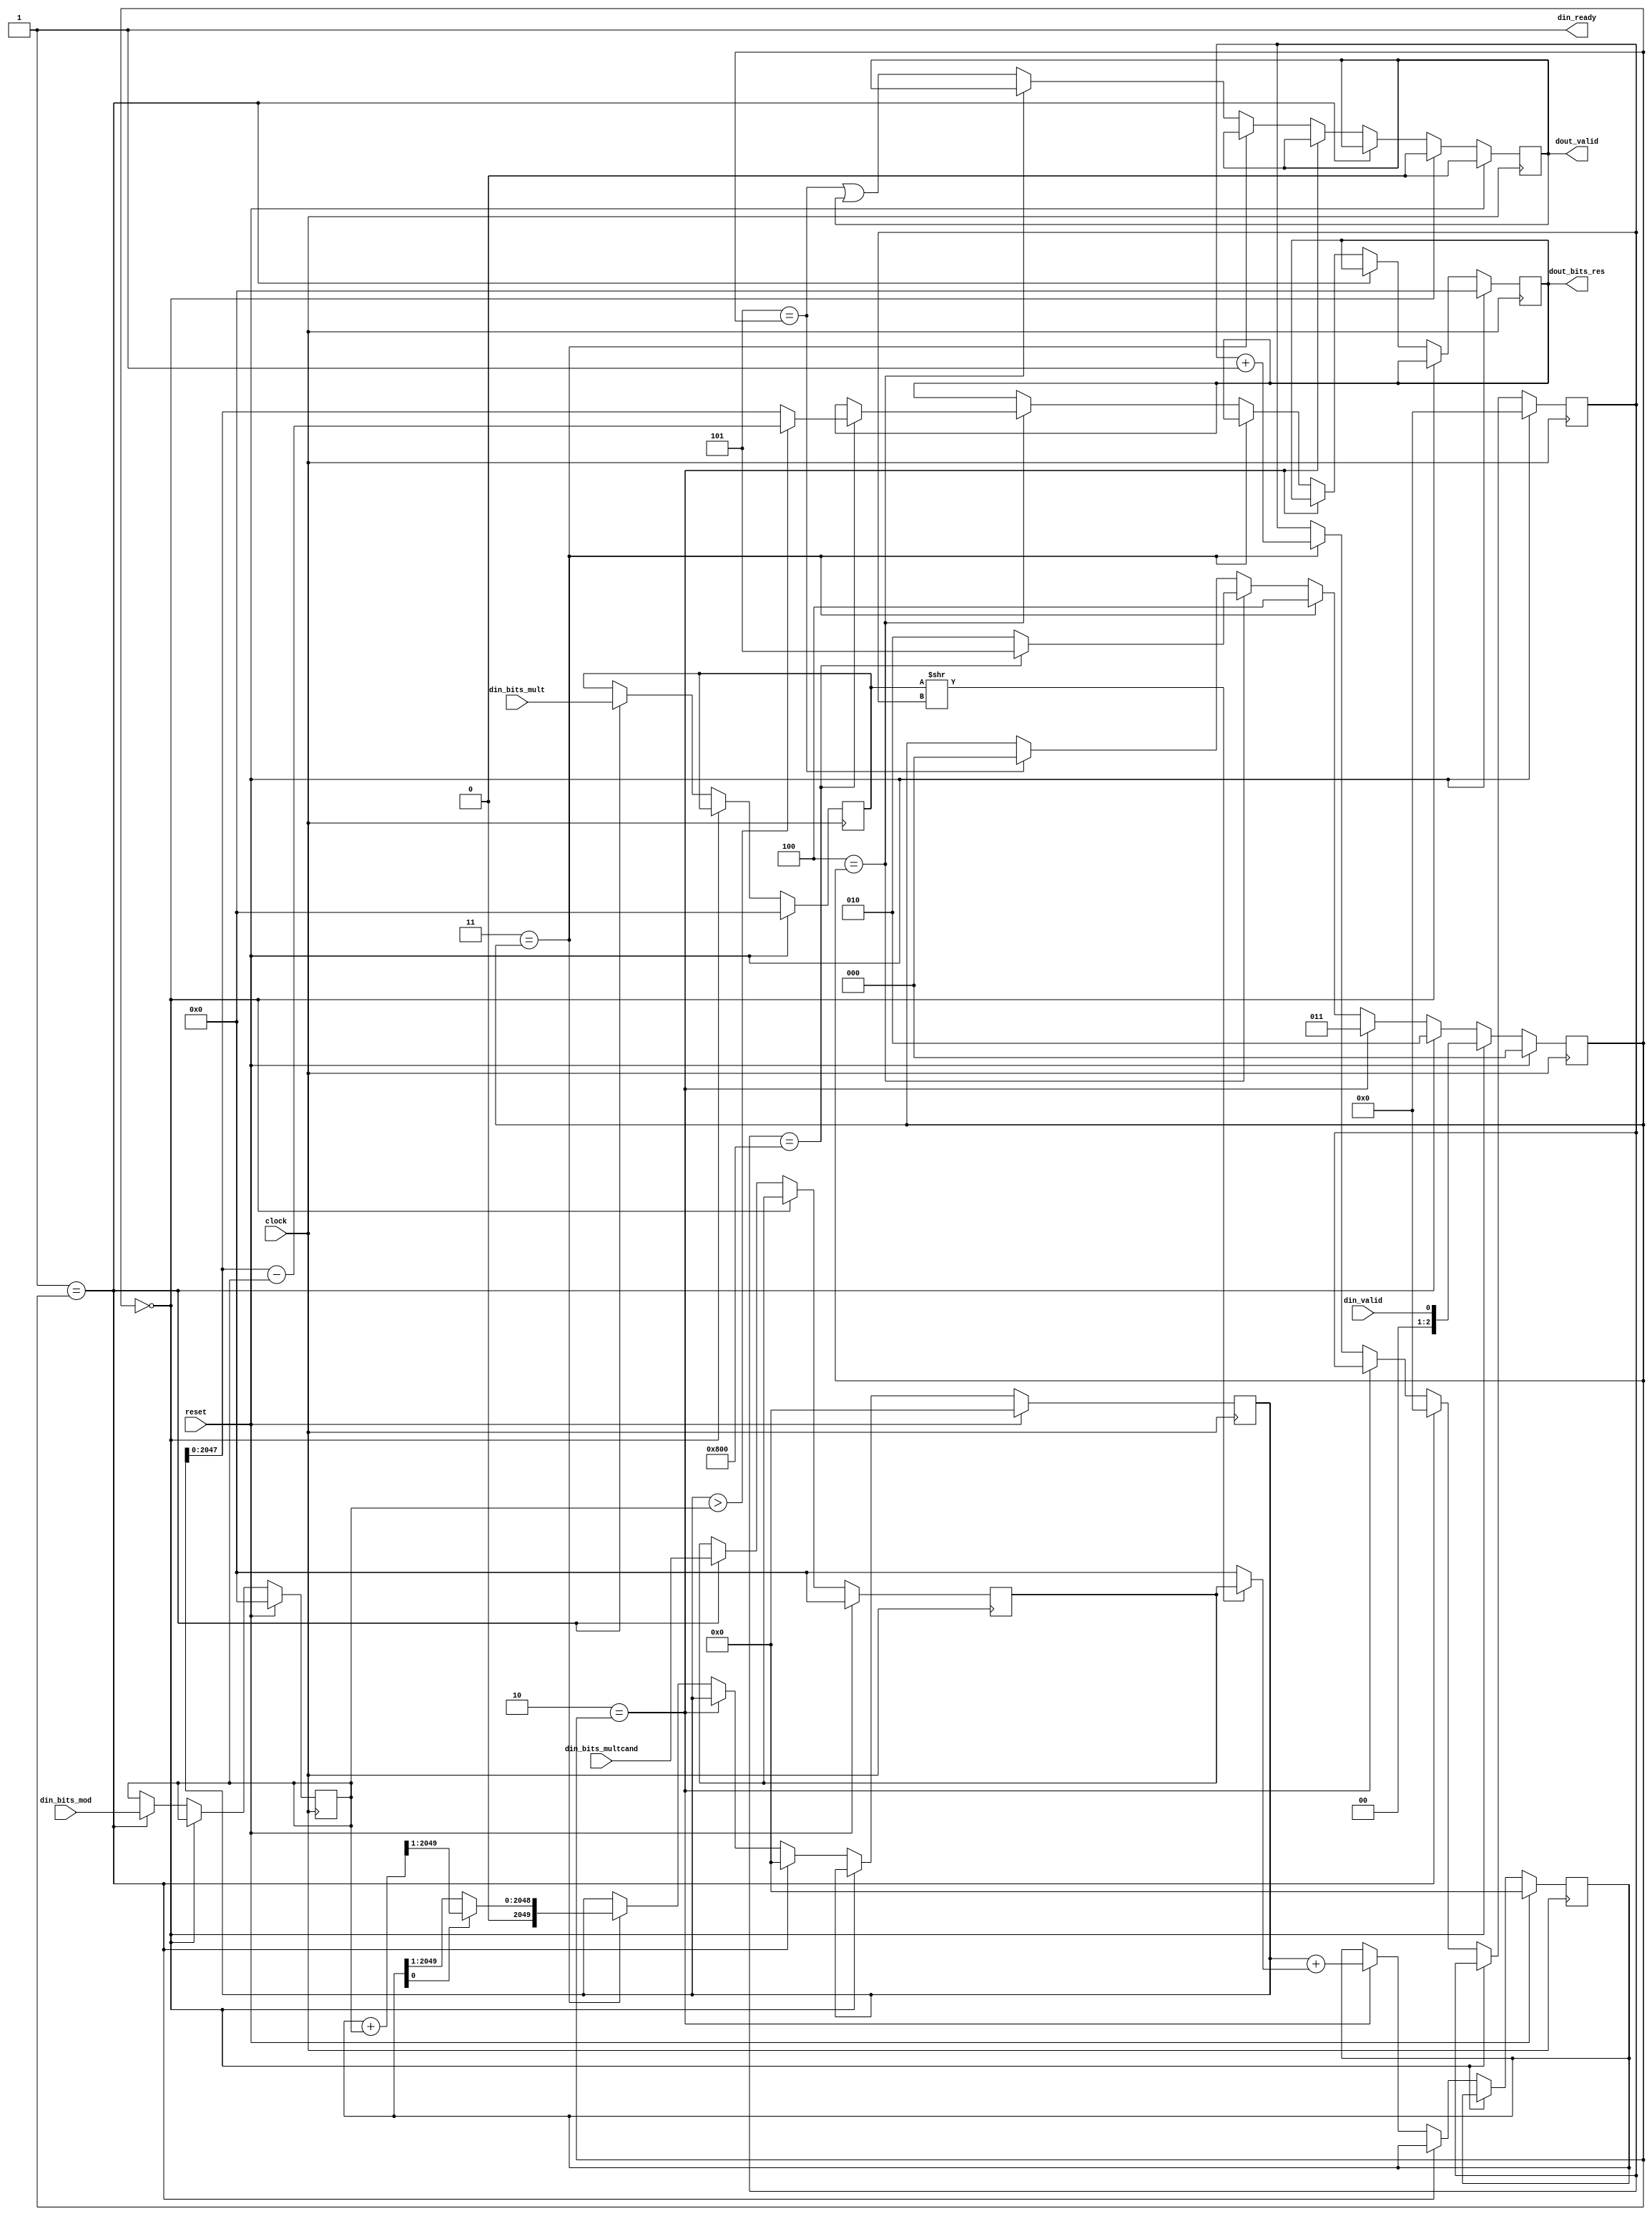
module ModMul(
  input           clock,
  input           reset,
  output          din_ready, // @[src/main/scala/operator/ModMul.scala 20:18]
  input           din_valid, // @[src/main/scala/operator/ModMul.scala 20:18]
  input  [2047:0] din_bits_mult, // @[src/main/scala/operator/ModMul.scala 20:18]
  input  [2047:0] din_bits_multcand, // @[src/main/scala/operator/ModMul.scala 20:18]
  input  [2047:0] din_bits_mod, // @[src/main/scala/operator/ModMul.scala 20:18]
  output          dout_valid, // @[src/main/scala/operator/ModMul.scala 21:18]
  output [2047:0] dout_bits_res // @[src/main/scala/operator/ModMul.scala 21:18]
);
`ifdef RANDOMIZE_REG_INIT
  reg [2079:0] _RAND_0;
  reg [2079:0] _RAND_1;
  reg [2047:0] _RAND_2;
  reg [2047:0] _RAND_3;
  reg [2047:0] _RAND_4;
  reg [2047:0] _RAND_5;
  reg [31:0] _RAND_6;
  reg [31:0] _RAND_7;
  reg [31:0] _RAND_8;
`endif // RANDOMIZE_REG_INIT
  reg [2049:0] p; // @[src/main/scala/operator/ModMul.scala 23:22]
  reg [2049:0] a; // @[src/main/scala/operator/ModMul.scala 24:22]
  reg [2047:0] x; // @[src/main/scala/operator/ModMul.scala 25:22]
  reg [2047:0] y; // @[src/main/scala/operator/ModMul.scala 26:22]
  reg [2047:0] m; // @[src/main/scala/operator/ModMul.scala 27:22]
  reg [2047:0] res; // @[src/main/scala/operator/ModMul.scala 28:22]
  reg  dout_valid_reg; // @[src/main/scala/operator/ModMul.scala 31:33]
  reg [11:0] count; // @[src/main/scala/operator/ModMul.scala 34:28]
  reg [2:0] status; // @[src/main/scala/operator/ModMul.scala 42:25]
  wire  _T_3 = din_ready & din_valid; // @[src/main/scala/operator/ModMul.scala 53:28]
  wire [2047:0] _a_T = x >> count; // @[src/main/scala/operator/ModMul.scala 72:32]
  wire [2047:0] _a_T_2 = _a_T[0] ? y : 2048'h0; // @[src/main/scala/operator/ModMul.scala 72:30]
  wire [2049:0] _GEN_37 = {{2'd0}, _a_T_2}; // @[src/main/scala/operator/ModMul.scala 72:25]
  wire [2049:0] _a_T_4 = p + _GEN_37; // @[src/main/scala/operator/ModMul.scala 72:25]
  wire [2049:0] _GEN_38 = {{2'd0}, m}; // @[src/main/scala/operator/ModMul.scala 77:36]
  wire [2049:0] _p_T_2 = a + _GEN_38; // @[src/main/scala/operator/ModMul.scala 77:36]
  wire [2049:0] _p_T_3 = {{1'd0}, _p_T_2[2049:1]}; // @[src/main/scala/operator/ModMul.scala 77:41]
  wire [2049:0] _p_T_4 = {{1'd0}, a[2049:1]}; // @[src/main/scala/operator/ModMul.scala 77:51]
  wire [2049:0] _p_T_5 = a[0] ? _p_T_3 : _p_T_4; // @[src/main/scala/operator/ModMul.scala 77:26]
  wire [11:0] _count_T_1 = count + 12'h1; // @[src/main/scala/operator/ModMul.scala 78:29]
  wire  _T_16 = count == 12'h800; // @[src/main/scala/operator/ModMul.scala 83:24]
  wire [2049:0] _res_T_2 = p - _GEN_38; // @[src/main/scala/operator/ModMul.scala 85:40]
  wire [2049:0] _res_T_3 = p > _GEN_38 ? _res_T_2 : p; // @[src/main/scala/operator/ModMul.scala 85:30]
  wire [2049:0] _GEN_1 = _T_16 ? _res_T_3 : {{2'd0}, res}; // @[src/main/scala/operator/ModMul.scala 84:13 28:22 85:24]
  wire [2:0] _GEN_2 = _T_16 ? 3'h5 : 3'h2; // @[src/main/scala/operator/ModMul.scala 84:13 86:24 89:24]
  wire  _GEN_3 = 3'h5 == status | dout_valid_reg; // @[src/main/scala/operator/ModMul.scala 49:5 94:28 31:33]
  wire [2:0] _GEN_4 = 3'h5 == status ? 3'h0 : status; // @[src/main/scala/operator/ModMul.scala 49:5 95:20 42:25]
  wire [2049:0] _GEN_5 = 3'h4 == status ? _GEN_1 : {{2'd0}, res}; // @[src/main/scala/operator/ModMul.scala 28:22 49:5]
  wire [2:0] _GEN_6 = 3'h4 == status ? _GEN_2 : _GEN_4; // @[src/main/scala/operator/ModMul.scala 49:5]
  wire  _GEN_7 = 3'h4 == status ? dout_valid_reg : _GEN_3; // @[src/main/scala/operator/ModMul.scala 31:33 49:5]
  wire [2049:0] _GEN_8 = 3'h3 == status ? _p_T_5 : p; // @[src/main/scala/operator/ModMul.scala 49:5 77:20 23:22]
  wire [11:0] _GEN_9 = 3'h3 == status ? _count_T_1 : count; // @[src/main/scala/operator/ModMul.scala 49:5 78:20 34:28]
  wire [2:0] _GEN_10 = 3'h3 == status ? 3'h4 : _GEN_6; // @[src/main/scala/operator/ModMul.scala 49:5 79:20]
  wire [2049:0] _GEN_11 = 3'h3 == status ? {{2'd0}, res} : _GEN_5; // @[src/main/scala/operator/ModMul.scala 28:22 49:5]
  wire  _GEN_12 = 3'h3 == status ? dout_valid_reg : _GEN_7; // @[src/main/scala/operator/ModMul.scala 31:33 49:5]
  wire [2049:0] _GEN_17 = 3'h2 == status ? {{2'd0}, res} : _GEN_11; // @[src/main/scala/operator/ModMul.scala 28:22 49:5]
  wire [2049:0] _GEN_26 = 3'h1 == status ? {{2'd0}, res} : _GEN_17; // @[src/main/scala/operator/ModMul.scala 28:22 49:5]
  wire [2049:0] _GEN_36 = 3'h0 == status ? {{2'd0}, res} : _GEN_26; // @[src/main/scala/operator/ModMul.scala 28:22 49:5]
  wire [2049:0] _GEN_43 = reset ? 2050'h0 : _GEN_36; // @[src/main/scala/operator/ModMul.scala 28:{22,22}]
  assign din_ready = 1'h1; // @[src/main/scala/operator/ModMul.scala 44:19]
  assign dout_valid = dout_valid_reg; // @[src/main/scala/operator/ModMul.scala 45:19]
  assign dout_bits_res = res; // @[src/main/scala/operator/ModMul.scala 46:19]
  always @(posedge clock) begin
    if (reset) begin // @[src/main/scala/operator/ModMul.scala 23:22]
      p <= 2050'h0; // @[src/main/scala/operator/ModMul.scala 23:22]
    end else if (!(3'h0 == status)) begin // @[src/main/scala/operator/ModMul.scala 49:5]
      if (3'h1 == status) begin // @[src/main/scala/operator/ModMul.scala 49:5]
        p <= 2050'h0; // @[src/main/scala/operator/ModMul.scala 66:24]
      end else if (!(3'h2 == status)) begin // @[src/main/scala/operator/ModMul.scala 49:5]
        p <= _GEN_8;
      end
    end
    if (reset) begin // @[src/main/scala/operator/ModMul.scala 24:22]
      a <= 2050'h0; // @[src/main/scala/operator/ModMul.scala 24:22]
    end else if (!(3'h0 == status)) begin // @[src/main/scala/operator/ModMul.scala 49:5]
      if (!(3'h1 == status)) begin // @[src/main/scala/operator/ModMul.scala 49:5]
        if (3'h2 == status) begin // @[src/main/scala/operator/ModMul.scala 49:5]
          a <= _a_T_4; // @[src/main/scala/operator/ModMul.scala 72:20]
        end
      end
    end
    if (reset) begin // @[src/main/scala/operator/ModMul.scala 25:22]
      x <= 2048'h0; // @[src/main/scala/operator/ModMul.scala 25:22]
    end else if (!(3'h0 == status)) begin // @[src/main/scala/operator/ModMul.scala 49:5]
      if (3'h1 == status) begin // @[src/main/scala/operator/ModMul.scala 49:5]
        x <= din_bits_mult; // @[src/main/scala/operator/ModMul.scala 63:24]
      end
    end
    if (reset) begin // @[src/main/scala/operator/ModMul.scala 26:22]
      y <= 2048'h0; // @[src/main/scala/operator/ModMul.scala 26:22]
    end else if (!(3'h0 == status)) begin // @[src/main/scala/operator/ModMul.scala 49:5]
      if (3'h1 == status) begin // @[src/main/scala/operator/ModMul.scala 49:5]
        y <= din_bits_multcand; // @[src/main/scala/operator/ModMul.scala 64:24]
      end
    end
    if (reset) begin // @[src/main/scala/operator/ModMul.scala 27:22]
      m <= 2048'h0; // @[src/main/scala/operator/ModMul.scala 27:22]
    end else if (!(3'h0 == status)) begin // @[src/main/scala/operator/ModMul.scala 49:5]
      if (3'h1 == status) begin // @[src/main/scala/operator/ModMul.scala 49:5]
        m <= din_bits_mod; // @[src/main/scala/operator/ModMul.scala 65:24]
      end
    end
    res <= _GEN_43[2047:0]; // @[src/main/scala/operator/ModMul.scala 28:{22,22}]
    if (reset) begin // @[src/main/scala/operator/ModMul.scala 31:33]
      dout_valid_reg <= 1'h0; // @[src/main/scala/operator/ModMul.scala 31:33]
    end else if (3'h0 == status) begin // @[src/main/scala/operator/ModMul.scala 49:5]
      dout_valid_reg <= 1'h0; // @[src/main/scala/operator/ModMul.scala 52:28]
    end else if (!(3'h1 == status)) begin // @[src/main/scala/operator/ModMul.scala 49:5]
      if (!(3'h2 == status)) begin // @[src/main/scala/operator/ModMul.scala 49:5]
        dout_valid_reg <= _GEN_12;
      end
    end
    if (reset) begin // @[src/main/scala/operator/ModMul.scala 34:28]
      count <= 12'h0; // @[src/main/scala/operator/ModMul.scala 34:28]
    end else if (!(3'h0 == status)) begin // @[src/main/scala/operator/ModMul.scala 49:5]
      if (3'h1 == status) begin // @[src/main/scala/operator/ModMul.scala 49:5]
        count <= 12'h0; // @[src/main/scala/operator/ModMul.scala 67:24]
      end else if (!(3'h2 == status)) begin // @[src/main/scala/operator/ModMul.scala 49:5]
        count <= _GEN_9;
      end
    end
    if (reset) begin // @[src/main/scala/operator/ModMul.scala 42:25]
      status <= 3'h0; // @[src/main/scala/operator/ModMul.scala 42:25]
    end else if (3'h0 == status) begin // @[src/main/scala/operator/ModMul.scala 49:5]
      status <= {{2'd0}, _T_3};
    end else if (3'h1 == status) begin // @[src/main/scala/operator/ModMul.scala 49:5]
      status <= 3'h2; // @[src/main/scala/operator/ModMul.scala 68:24]
    end else if (3'h2 == status) begin // @[src/main/scala/operator/ModMul.scala 49:5]
      status <= 3'h3; // @[src/main/scala/operator/ModMul.scala 73:20]
    end else begin
      status <= _GEN_10;
    end
  end
// Register and memory initialization
`ifdef RANDOMIZE_GARBAGE_ASSIGN
`define RANDOMIZE
`endif
`ifdef RANDOMIZE_INVALID_ASSIGN
`define RANDOMIZE
`endif
`ifdef RANDOMIZE_REG_INIT
`define RANDOMIZE
`endif
`ifdef RANDOMIZE_MEM_INIT
`define RANDOMIZE
`endif
`ifndef RANDOM
`define RANDOM $random
`endif
`ifdef RANDOMIZE_MEM_INIT
  integer initvar;
`endif
`ifndef SYNTHESIS
`ifdef FIRRTL_BEFORE_INITIAL
`FIRRTL_BEFORE_INITIAL
`endif
initial begin
  `ifdef RANDOMIZE
    `ifdef INIT_RANDOM
      `INIT_RANDOM
    `endif
    `ifndef VERILATOR
      `ifdef RANDOMIZE_DELAY
        #`RANDOMIZE_DELAY begin end
      `else
        #0.002 begin end
      `endif
    `endif
`ifdef RANDOMIZE_REG_INIT
  _RAND_0 = {65{`RANDOM}};
  p = _RAND_0[2049:0];
  _RAND_1 = {65{`RANDOM}};
  a = _RAND_1[2049:0];
  _RAND_2 = {64{`RANDOM}};
  x = _RAND_2[2047:0];
  _RAND_3 = {64{`RANDOM}};
  y = _RAND_3[2047:0];
  _RAND_4 = {64{`RANDOM}};
  m = _RAND_4[2047:0];
  _RAND_5 = {64{`RANDOM}};
  res = _RAND_5[2047:0];
  _RAND_6 = {1{`RANDOM}};
  dout_valid_reg = _RAND_6[0:0];
  _RAND_7 = {1{`RANDOM}};
  count = _RAND_7[11:0];
  _RAND_8 = {1{`RANDOM}};
  status = _RAND_8[2:0];
`endif // RANDOMIZE_REG_INIT
  `endif // RANDOMIZE
end // initial
`ifdef FIRRTL_AFTER_INITIAL
`FIRRTL_AFTER_INITIAL
`endif
`endif // SYNTHESIS
endmodule
module Powmod(
  input           clock,
  input           reset,
  output          din_ready, // @[src/main/scala/operator/Powmod.scala 20:18]
  input           din_valid, // @[src/main/scala/operator/Powmod.scala 20:18]
  input  [1023:0] din_bits_base, // @[src/main/scala/operator/Powmod.scala 20:18]
  input  [255:0]  din_bits_exp, // @[src/main/scala/operator/Powmod.scala 20:18]
  input  [2047:0] din_bits_mod, // @[src/main/scala/operator/Powmod.scala 20:18]
  input  [2047:0] din_bits_expkm, // @[src/main/scala/operator/Powmod.scala 20:18]
  input  [2047:0] din_bits_exp2km, // @[src/main/scala/operator/Powmod.scala 20:18]
  output          dout_valid, // @[src/main/scala/operator/Powmod.scala 21:18]
  output [2047:0] dout_bits_res // @[src/main/scala/operator/Powmod.scala 21:18]
);
`ifdef RANDOMIZE_REG_INIT
  reg [255:0] _RAND_0;
  reg [2047:0] _RAND_1;
  reg [2047:0] _RAND_2;
  reg [2047:0] _RAND_3;
  reg [2047:0] _RAND_4;
  reg [2047:0] _RAND_5;
  reg [2047:0] _RAND_6;
  reg [31:0] _RAND_7;
  reg [31:0] _RAND_8;
  reg [31:0] _RAND_9;
  reg [31:0] _RAND_10;
`endif // RANDOMIZE_REG_INIT
  wire  mp_clock; // @[src/main/scala/operator/Powmod.scala 53:20]
  wire  mp_reset; // @[src/main/scala/operator/Powmod.scala 53:20]
  wire  mp_din_ready; // @[src/main/scala/operator/Powmod.scala 53:20]
  wire  mp_din_valid; // @[src/main/scala/operator/Powmod.scala 53:20]
  wire [2047:0] mp_din_bits_mult; // @[src/main/scala/operator/Powmod.scala 53:20]
  wire [2047:0] mp_din_bits_multcand; // @[src/main/scala/operator/Powmod.scala 53:20]
  wire [2047:0] mp_din_bits_mod; // @[src/main/scala/operator/Powmod.scala 53:20]
  wire  mp_dout_valid; // @[src/main/scala/operator/Powmod.scala 53:20]
  wire [2047:0] mp_dout_bits_res; // @[src/main/scala/operator/Powmod.scala 53:20]
  reg [255:0] x; // @[src/main/scala/operator/Powmod.scala 23:31]
  reg [2047:0] e; // @[src/main/scala/operator/Powmod.scala 24:31]
  reg [2047:0] ty; // @[src/main/scala/operator/Powmod.scala 25:31]
  reg [2047:0] res; // @[src/main/scala/operator/Powmod.scala 26:31]
  reg [2047:0] mp_mult; // @[src/main/scala/operator/Powmod.scala 28:36]
  reg [2047:0] mp_multcand; // @[src/main/scala/operator/Powmod.scala 29:36]
  reg [2047:0] mp_mod; // @[src/main/scala/operator/Powmod.scala 30:36]
  reg  mp_din_valid_reg; // @[src/main/scala/operator/Powmod.scala 31:36]
  reg  dout_valid_reg; // @[src/main/scala/operator/Powmod.scala 36:36]
  reg [11:0] count; // @[src/main/scala/operator/Powmod.scala 39:24]
  reg [3:0] status; // @[src/main/scala/operator/Powmod.scala 47:26]
  wire  _T_3 = din_ready & din_valid; // @[src/main/scala/operator/Powmod.scala 64:28]
  wire  _T_10 = mp_dout_valid; // @[src/main/scala/operator/Powmod.scala 85:32]
  wire [2047:0] _GEN_1 = _T_10 ? mp_dout_bits_res : ty; // @[src/main/scala/operator/Powmod.scala 86:13 87:24 25:31]
  wire [1:0] _GEN_2 = _T_10 ? 2'h3 : 2'h2; // @[src/main/scala/operator/Powmod.scala 86:13 88:24 92:34]
  wire  _GEN_3 = _T_10 & mp_din_valid_reg; // @[src/main/scala/operator/Powmod.scala 86:13 31:36 91:34]
  wire  _T_14 = count == 12'h800; // @[src/main/scala/operator/Powmod.scala 97:24]
  wire [255:0] _T_15 = x >> count; // @[src/main/scala/operator/Powmod.scala 102:23]
  wire [2:0] _GEN_4 = _T_15[0] ? 3'h4 : 3'h6; // @[src/main/scala/operator/Powmod.scala 103:17 104:28 107:28]
  wire [3:0] _GEN_5 = _T_14 ? 4'h8 : {{1'd0}, _GEN_4}; // @[src/main/scala/operator/Powmod.scala 98:13 99:24]
  wire [2047:0] _GEN_6 = _T_10 ? mp_dout_bits_res : e; // @[src/main/scala/operator/Powmod.scala 121:13 122:24 24:31]
  wire [2:0] _GEN_7 = _T_10 ? 3'h6 : 3'h5; // @[src/main/scala/operator/Powmod.scala 121:13 123:24 127:34]
  wire [11:0] _count_T_1 = count + 12'h1; // @[src/main/scala/operator/Powmod.scala 142:33]
  wire [11:0] _GEN_10 = _T_10 ? _count_T_1 : count; // @[src/main/scala/operator/Powmod.scala 140:13 142:24 39:24]
  wire [2:0] _GEN_11 = _T_10 ? 3'h3 : 3'h7; // @[src/main/scala/operator/Powmod.scala 140:13 143:24 147:34]
  wire [2047:0] _GEN_13 = _T_10 ? mp_dout_bits_res : res; // @[src/main/scala/operator/Powmod.scala 160:13 161:32 26:31]
  wire  _GEN_14 = _T_10 | dout_valid_reg; // @[src/main/scala/operator/Powmod.scala 160:13 162:32 36:36]
  wire [3:0] _GEN_15 = _T_10 ? 4'h0 : 4'h9; // @[src/main/scala/operator/Powmod.scala 160:13 163:32 167:34]
  wire [2047:0] _GEN_17 = 4'h9 == status ? _GEN_13 : res; // @[src/main/scala/operator/Powmod.scala 26:31 60:5]
  wire  _GEN_18 = 4'h9 == status ? _GEN_14 : dout_valid_reg; // @[src/main/scala/operator/Powmod.scala 36:36 60:5]
  wire [3:0] _GEN_19 = 4'h9 == status ? _GEN_15 : status; // @[src/main/scala/operator/Powmod.scala 47:26 60:5]
  wire  _GEN_20 = 4'h9 == status ? _GEN_3 : mp_din_valid_reg; // @[src/main/scala/operator/Powmod.scala 31:36 60:5]
  wire [2047:0] _GEN_21 = 4'h8 == status ? e : mp_mult; // @[src/main/scala/operator/Powmod.scala 152:30 28:36 60:5]
  wire [2047:0] _GEN_22 = 4'h8 == status ? 2048'h1 : mp_multcand; // @[src/main/scala/operator/Powmod.scala 153:30 29:36 60:5]
  wire  _GEN_23 = 4'h8 == status | _GEN_20; // @[src/main/scala/operator/Powmod.scala 154:30 60:5]
  wire [3:0] _GEN_24 = 4'h8 == status ? 4'h9 : _GEN_19; // @[src/main/scala/operator/Powmod.scala 155:30 60:5]
  wire [2047:0] _GEN_25 = 4'h8 == status ? res : _GEN_17; // @[src/main/scala/operator/Powmod.scala 26:31 60:5]
  wire  _GEN_26 = 4'h8 == status ? dout_valid_reg : _GEN_18; // @[src/main/scala/operator/Powmod.scala 36:36 60:5]
  wire [2047:0] _GEN_27 = 4'h7 == status ? _GEN_1 : ty; // @[src/main/scala/operator/Powmod.scala 25:31 60:5]
  wire [11:0] _GEN_28 = 4'h7 == status ? _GEN_10 : count; // @[src/main/scala/operator/Powmod.scala 39:24 60:5]
  wire [3:0] _GEN_29 = 4'h7 == status ? {{1'd0}, _GEN_11} : _GEN_24; // @[src/main/scala/operator/Powmod.scala 60:5]
  wire  _GEN_30 = 4'h7 == status ? _GEN_3 : _GEN_23; // @[src/main/scala/operator/Powmod.scala 60:5]
  wire [2047:0] _GEN_31 = 4'h7 == status ? mp_mult : _GEN_21; // @[src/main/scala/operator/Powmod.scala 28:36 60:5]
  wire [2047:0] _GEN_32 = 4'h7 == status ? mp_multcand : _GEN_22; // @[src/main/scala/operator/Powmod.scala 29:36 60:5]
  wire [2047:0] _GEN_33 = 4'h7 == status ? res : _GEN_25; // @[src/main/scala/operator/Powmod.scala 26:31 60:5]
  wire  _GEN_34 = 4'h7 == status ? dout_valid_reg : _GEN_26; // @[src/main/scala/operator/Powmod.scala 36:36 60:5]
  wire [2047:0] _GEN_35 = 4'h6 == status ? ty : _GEN_31; // @[src/main/scala/operator/Powmod.scala 132:34 60:5]
  wire [2047:0] _GEN_36 = 4'h6 == status ? ty : _GEN_32; // @[src/main/scala/operator/Powmod.scala 133:34 60:5]
  wire  _GEN_37 = 4'h6 == status | _GEN_30; // @[src/main/scala/operator/Powmod.scala 134:34 60:5]
  wire [3:0] _GEN_38 = 4'h6 == status ? 4'h7 : _GEN_29; // @[src/main/scala/operator/Powmod.scala 135:34 60:5]
  wire [2047:0] _GEN_39 = 4'h6 == status ? ty : _GEN_27; // @[src/main/scala/operator/Powmod.scala 25:31 60:5]
  wire [11:0] _GEN_40 = 4'h6 == status ? count : _GEN_28; // @[src/main/scala/operator/Powmod.scala 39:24 60:5]
  wire [2047:0] _GEN_41 = 4'h6 == status ? res : _GEN_33; // @[src/main/scala/operator/Powmod.scala 26:31 60:5]
  wire  _GEN_42 = 4'h6 == status ? dout_valid_reg : _GEN_34; // @[src/main/scala/operator/Powmod.scala 36:36 60:5]
  wire [2047:0] _GEN_43 = 4'h5 == status ? _GEN_6 : e; // @[src/main/scala/operator/Powmod.scala 24:31 60:5]
  wire [3:0] _GEN_44 = 4'h5 == status ? {{1'd0}, _GEN_7} : _GEN_38; // @[src/main/scala/operator/Powmod.scala 60:5]
  wire  _GEN_45 = 4'h5 == status ? _GEN_3 : _GEN_37; // @[src/main/scala/operator/Powmod.scala 60:5]
  wire [2047:0] _GEN_46 = 4'h5 == status ? mp_mult : _GEN_35; // @[src/main/scala/operator/Powmod.scala 28:36 60:5]
  wire [2047:0] _GEN_47 = 4'h5 == status ? mp_multcand : _GEN_36; // @[src/main/scala/operator/Powmod.scala 29:36 60:5]
  wire [2047:0] _GEN_48 = 4'h5 == status ? ty : _GEN_39; // @[src/main/scala/operator/Powmod.scala 25:31 60:5]
  wire [11:0] _GEN_49 = 4'h5 == status ? count : _GEN_40; // @[src/main/scala/operator/Powmod.scala 39:24 60:5]
  wire [2047:0] _GEN_50 = 4'h5 == status ? res : _GEN_41; // @[src/main/scala/operator/Powmod.scala 26:31 60:5]
  wire  _GEN_51 = 4'h5 == status ? dout_valid_reg : _GEN_42; // @[src/main/scala/operator/Powmod.scala 36:36 60:5]
  wire  _GEN_52 = 4'h4 == status | _GEN_45; // @[src/main/scala/operator/Powmod.scala 113:30 60:5]
  wire [2047:0] _GEN_53 = 4'h4 == status ? e : _GEN_46; // @[src/main/scala/operator/Powmod.scala 114:30 60:5]
  wire [2047:0] _GEN_54 = 4'h4 == status ? ty : _GEN_47; // @[src/main/scala/operator/Powmod.scala 115:30 60:5]
  wire [3:0] _GEN_55 = 4'h4 == status ? 4'h5 : _GEN_44; // @[src/main/scala/operator/Powmod.scala 116:30 60:5]
  wire [2047:0] _GEN_56 = 4'h4 == status ? e : _GEN_43; // @[src/main/scala/operator/Powmod.scala 24:31 60:5]
  wire [2047:0] _GEN_57 = 4'h4 == status ? ty : _GEN_48; // @[src/main/scala/operator/Powmod.scala 25:31 60:5]
  wire [11:0] _GEN_58 = 4'h4 == status ? count : _GEN_49; // @[src/main/scala/operator/Powmod.scala 39:24 60:5]
  wire [2047:0] _GEN_59 = 4'h4 == status ? res : _GEN_50; // @[src/main/scala/operator/Powmod.scala 26:31 60:5]
  wire  _GEN_60 = 4'h4 == status ? dout_valid_reg : _GEN_51; // @[src/main/scala/operator/Powmod.scala 36:36 60:5]
  wire [3:0] _GEN_61 = 4'h3 == status ? _GEN_5 : _GEN_55; // @[src/main/scala/operator/Powmod.scala 60:5]
  wire  _GEN_62 = 4'h3 == status ? mp_din_valid_reg : _GEN_52; // @[src/main/scala/operator/Powmod.scala 31:36 60:5]
  wire [2047:0] _GEN_63 = 4'h3 == status ? mp_mult : _GEN_53; // @[src/main/scala/operator/Powmod.scala 28:36 60:5]
  wire [2047:0] _GEN_64 = 4'h3 == status ? mp_multcand : _GEN_54; // @[src/main/scala/operator/Powmod.scala 29:36 60:5]
  wire [2047:0] _GEN_65 = 4'h3 == status ? e : _GEN_56; // @[src/main/scala/operator/Powmod.scala 24:31 60:5]
  wire [2047:0] _GEN_66 = 4'h3 == status ? ty : _GEN_57; // @[src/main/scala/operator/Powmod.scala 25:31 60:5]
  wire [11:0] _GEN_67 = 4'h3 == status ? count : _GEN_58; // @[src/main/scala/operator/Powmod.scala 39:24 60:5]
  wire [2047:0] _GEN_68 = 4'h3 == status ? res : _GEN_59; // @[src/main/scala/operator/Powmod.scala 26:31 60:5]
  wire  _GEN_69 = 4'h3 == status ? dout_valid_reg : _GEN_60; // @[src/main/scala/operator/Powmod.scala 36:36 60:5]
  wire  _GEN_72 = 4'h2 == status ? _GEN_3 : _GEN_62; // @[src/main/scala/operator/Powmod.scala 60:5]
  wire  _GEN_79 = 4'h1 == status | _GEN_72; // @[src/main/scala/operator/Powmod.scala 60:5 74:30]
  ModMul mp ( // @[src/main/scala/operator/Powmod.scala 53:20]
    .clock(mp_clock),
    .reset(mp_reset),
    .din_ready(mp_din_ready),
    .din_valid(mp_din_valid),
    .din_bits_mult(mp_din_bits_mult),
    .din_bits_multcand(mp_din_bits_multcand),
    .din_bits_mod(mp_din_bits_mod),
    .dout_valid(mp_dout_valid),
    .dout_bits_res(mp_dout_bits_res)
  );
  assign din_ready = 1'h1; // @[src/main/scala/operator/Powmod.scala 49:19]
  assign dout_valid = dout_valid_reg; // @[src/main/scala/operator/Powmod.scala 50:19]
  assign dout_bits_res = res; // @[src/main/scala/operator/Powmod.scala 51:19]
  assign mp_clock = clock;
  assign mp_reset = reset;
  assign mp_din_valid = mp_din_valid_reg; // @[src/main/scala/operator/Powmod.scala 54:26]
  assign mp_din_bits_mult = mp_mult; // @[src/main/scala/operator/Powmod.scala 55:26]
  assign mp_din_bits_multcand = mp_multcand; // @[src/main/scala/operator/Powmod.scala 56:26]
  assign mp_din_bits_mod = mp_mod; // @[src/main/scala/operator/Powmod.scala 57:26]
  always @(posedge clock) begin
    if (reset) begin // @[src/main/scala/operator/Powmod.scala 23:31]
      x <= 256'h0; // @[src/main/scala/operator/Powmod.scala 23:31]
    end else if (!(4'h0 == status)) begin // @[src/main/scala/operator/Powmod.scala 60:5]
      if (4'h1 == status) begin // @[src/main/scala/operator/Powmod.scala 60:5]
        x <= din_bits_exp; // @[src/main/scala/operator/Powmod.scala 75:30]
      end
    end
    if (reset) begin // @[src/main/scala/operator/Powmod.scala 24:31]
      e <= 2048'h0; // @[src/main/scala/operator/Powmod.scala 24:31]
    end else if (!(4'h0 == status)) begin // @[src/main/scala/operator/Powmod.scala 60:5]
      if (4'h1 == status) begin // @[src/main/scala/operator/Powmod.scala 60:5]
        e <= din_bits_expkm; // @[src/main/scala/operator/Powmod.scala 76:30]
      end else if (!(4'h2 == status)) begin // @[src/main/scala/operator/Powmod.scala 60:5]
        e <= _GEN_65;
      end
    end
    if (reset) begin // @[src/main/scala/operator/Powmod.scala 25:31]
      ty <= 2048'h0; // @[src/main/scala/operator/Powmod.scala 25:31]
    end else if (!(4'h0 == status)) begin // @[src/main/scala/operator/Powmod.scala 60:5]
      if (!(4'h1 == status)) begin // @[src/main/scala/operator/Powmod.scala 60:5]
        if (4'h2 == status) begin // @[src/main/scala/operator/Powmod.scala 60:5]
          ty <= _GEN_1;
        end else begin
          ty <= _GEN_66;
        end
      end
    end
    if (reset) begin // @[src/main/scala/operator/Powmod.scala 26:31]
      res <= 2048'h0; // @[src/main/scala/operator/Powmod.scala 26:31]
    end else if (!(4'h0 == status)) begin // @[src/main/scala/operator/Powmod.scala 60:5]
      if (!(4'h1 == status)) begin // @[src/main/scala/operator/Powmod.scala 60:5]
        if (!(4'h2 == status)) begin // @[src/main/scala/operator/Powmod.scala 60:5]
          res <= _GEN_68;
        end
      end
    end
    if (reset) begin // @[src/main/scala/operator/Powmod.scala 28:36]
      mp_mult <= 2048'h0; // @[src/main/scala/operator/Powmod.scala 28:36]
    end else if (!(4'h0 == status)) begin // @[src/main/scala/operator/Powmod.scala 60:5]
      if (4'h1 == status) begin // @[src/main/scala/operator/Powmod.scala 60:5]
        mp_mult <= {{1024'd0}, din_bits_base}; // @[src/main/scala/operator/Powmod.scala 77:30]
      end else if (!(4'h2 == status)) begin // @[src/main/scala/operator/Powmod.scala 60:5]
        mp_mult <= _GEN_63;
      end
    end
    if (reset) begin // @[src/main/scala/operator/Powmod.scala 29:36]
      mp_multcand <= 2048'h0; // @[src/main/scala/operator/Powmod.scala 29:36]
    end else if (!(4'h0 == status)) begin // @[src/main/scala/operator/Powmod.scala 60:5]
      if (4'h1 == status) begin // @[src/main/scala/operator/Powmod.scala 60:5]
        mp_multcand <= din_bits_exp2km; // @[src/main/scala/operator/Powmod.scala 78:30]
      end else if (!(4'h2 == status)) begin // @[src/main/scala/operator/Powmod.scala 60:5]
        mp_multcand <= _GEN_64;
      end
    end
    if (reset) begin // @[src/main/scala/operator/Powmod.scala 30:36]
      mp_mod <= 2048'h0; // @[src/main/scala/operator/Powmod.scala 30:36]
    end else if (!(4'h0 == status)) begin // @[src/main/scala/operator/Powmod.scala 60:5]
      if (4'h1 == status) begin // @[src/main/scala/operator/Powmod.scala 60:5]
        mp_mod <= din_bits_mod; // @[src/main/scala/operator/Powmod.scala 79:30]
      end
    end
    if (reset) begin // @[src/main/scala/operator/Powmod.scala 31:36]
      mp_din_valid_reg <= 1'h0; // @[src/main/scala/operator/Powmod.scala 31:36]
    end else if (!(4'h0 == status)) begin // @[src/main/scala/operator/Powmod.scala 60:5]
      mp_din_valid_reg <= _GEN_79;
    end
    if (reset) begin // @[src/main/scala/operator/Powmod.scala 36:36]
      dout_valid_reg <= 1'h0; // @[src/main/scala/operator/Powmod.scala 36:36]
    end else if (4'h0 == status) begin // @[src/main/scala/operator/Powmod.scala 60:5]
      dout_valid_reg <= 1'h0; // @[src/main/scala/operator/Powmod.scala 63:28]
    end else if (!(4'h1 == status)) begin // @[src/main/scala/operator/Powmod.scala 60:5]
      if (!(4'h2 == status)) begin // @[src/main/scala/operator/Powmod.scala 60:5]
        dout_valid_reg <= _GEN_69;
      end
    end
    if (reset) begin // @[src/main/scala/operator/Powmod.scala 39:24]
      count <= 12'h0; // @[src/main/scala/operator/Powmod.scala 39:24]
    end else if (!(4'h0 == status)) begin // @[src/main/scala/operator/Powmod.scala 60:5]
      if (4'h1 == status) begin // @[src/main/scala/operator/Powmod.scala 60:5]
        count <= 12'h0; // @[src/main/scala/operator/Powmod.scala 80:30]
      end else if (!(4'h2 == status)) begin // @[src/main/scala/operator/Powmod.scala 60:5]
        count <= _GEN_67;
      end
    end
    if (reset) begin // @[src/main/scala/operator/Powmod.scala 47:26]
      status <= 4'h0; // @[src/main/scala/operator/Powmod.scala 47:26]
    end else if (4'h0 == status) begin // @[src/main/scala/operator/Powmod.scala 60:5]
      status <= {{3'd0}, _T_3};
    end else if (4'h1 == status) begin // @[src/main/scala/operator/Powmod.scala 60:5]
      status <= 4'h2; // @[src/main/scala/operator/Powmod.scala 81:30]
    end else if (4'h2 == status) begin // @[src/main/scala/operator/Powmod.scala 60:5]
      status <= {{2'd0}, _GEN_2};
    end else begin
      status <= _GEN_61;
    end
  end
// Register and memory initialization
`ifdef RANDOMIZE_GARBAGE_ASSIGN
`define RANDOMIZE
`endif
`ifdef RANDOMIZE_INVALID_ASSIGN
`define RANDOMIZE
`endif
`ifdef RANDOMIZE_REG_INIT
`define RANDOMIZE
`endif
`ifdef RANDOMIZE_MEM_INIT
`define RANDOMIZE
`endif
`ifndef RANDOM
`define RANDOM $random
`endif
`ifdef RANDOMIZE_MEM_INIT
  integer initvar;
`endif
`ifndef SYNTHESIS
`ifdef FIRRTL_BEFORE_INITIAL
`FIRRTL_BEFORE_INITIAL
`endif
initial begin
  `ifdef RANDOMIZE
    `ifdef INIT_RANDOM
      `INIT_RANDOM
    `endif
    `ifndef VERILATOR
      `ifdef RANDOMIZE_DELAY
        #`RANDOMIZE_DELAY begin end
      `else
        #0.002 begin end
      `endif
    `endif
`ifdef RANDOMIZE_REG_INIT
  _RAND_0 = {8{`RANDOM}};
  x = _RAND_0[255:0];
  _RAND_1 = {64{`RANDOM}};
  e = _RAND_1[2047:0];
  _RAND_2 = {64{`RANDOM}};
  ty = _RAND_2[2047:0];
  _RAND_3 = {64{`RANDOM}};
  res = _RAND_3[2047:0];
  _RAND_4 = {64{`RANDOM}};
  mp_mult = _RAND_4[2047:0];
  _RAND_5 = {64{`RANDOM}};
  mp_multcand = _RAND_5[2047:0];
  _RAND_6 = {64{`RANDOM}};
  mp_mod = _RAND_6[2047:0];
  _RAND_7 = {1{`RANDOM}};
  mp_din_valid_reg = _RAND_7[0:0];
  _RAND_8 = {1{`RANDOM}};
  dout_valid_reg = _RAND_8[0:0];
  _RAND_9 = {1{`RANDOM}};
  count = _RAND_9[11:0];
  _RAND_10 = {1{`RANDOM}};
  status = _RAND_10[3:0];
`endif // RANDOMIZE_REG_INIT
  `endif // RANDOMIZE
end // initial
`ifdef FIRRTL_AFTER_INITIAL
`FIRRTL_AFTER_INITIAL
`endif
`endif // SYNTHESIS
endmodule